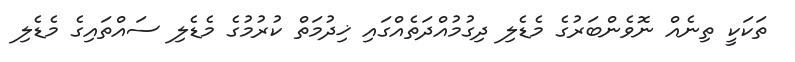
ތަކަކީ ތިނެއް ނޮވެންބަރުގެ މެޑެލި ދިގުމުއްދަތެއްގައި ޚިދުމަތް ކުރުމުގެ މެޑެލި ސައްތައިގެ މެޑެލި